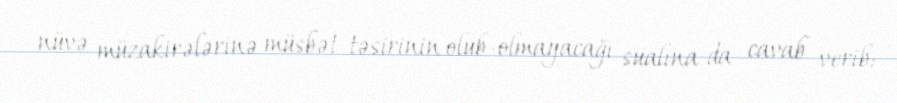
nüvə müzakirələrinə müsbət təsirinin olub-olmayacağı sualına da cavab verib: